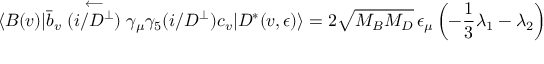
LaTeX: \langle B ( v ) | \bar { b } _ { v } \stackrel { \longleftarrow } { ( i \slash { D } ^ { \perp } ) } \gamma _ { \mu } \gamma _ { 5 } ( i \slash { D } ^ { \perp } ) c _ { v } | D ^ { * } ( v , \epsilon ) \rangle = 2 \sqrt { M _ { B } M _ { D } } \, \epsilon _ { \mu } \left( - \frac { 1 } { 3 } \lambda _ { 1 } - \lambda _ { 2 } \right)